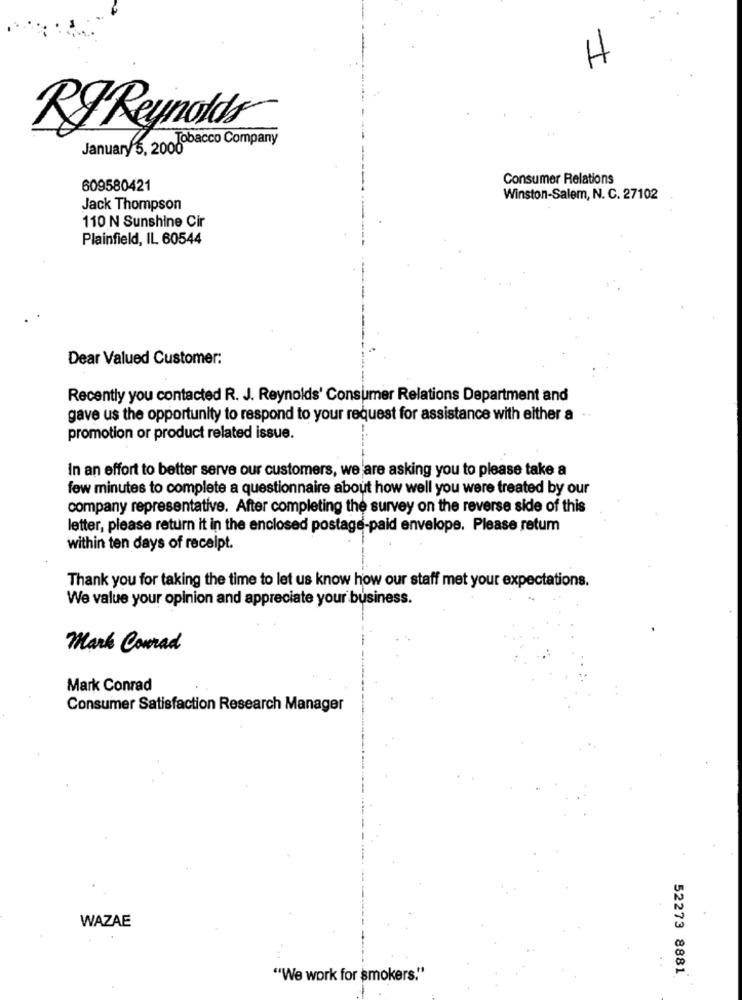
H
RJ Reynolds
Tobacco Company
January 5, 2000
Consumer Relations
609580421
Winston-Salem, N. C. 27102
Jack Thompson
110 N Sunshine Cir
Plainfield, IL 60544
Dear Valued Customer:
Recently you contacted R. J. Reynolds' Consumer Relations Department and
gave us the opportunity to respond to your request for assistance with either a ..
promotion or product related issue.
In an effort to better serve our customers, we are asking you to please take a
few minutes to complete a questionnaire about how well you were treated by our
company representative. After completing the survey on the reverse side of this
letter, please return it in the enclosed postage paid envelope. Please retum
within ten days of receipt.
Thank you for taking the time to let us know how our staff met your expectations.
We value your opinion and appreciate your business.
Mark Conrad
Mark Conrad
Consumer Satisfaction Research Manager
WAZAE
52273 8881
"We work for smokers."